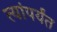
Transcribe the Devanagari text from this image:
त्यांपर्यंत